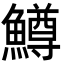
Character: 鱒